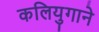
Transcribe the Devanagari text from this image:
कलियुगाने